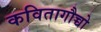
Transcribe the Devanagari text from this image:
कवितागौच्चो